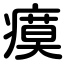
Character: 瘼